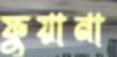
ফুয়ানা